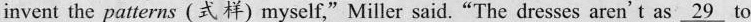
invent the patterns (式样)myself,“Miller said."The dresses aren't as \underline{29} to